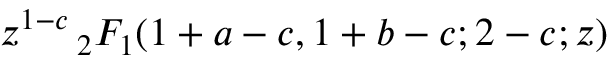
z ^ { 1 - c } \, _ { 2 } F _ { 1 } ( 1 + a - c , 1 + b - c ; 2 - c ; z )